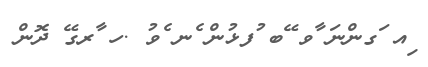
ިއ ަގންނަ ާވ ޭބ ުފޅުން ެނ ެވު .ހ ާރގޭ ދޮން